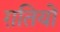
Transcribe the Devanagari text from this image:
ग़तियों